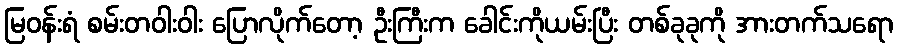
မြဝန်းရံ စမ်းတဝါးဝါး ပြောလိုက်တော့ ဦးကြီးက ခေါင်းကိုယမ်းပြီး တစ်ခုခုကို အားတက်သရော